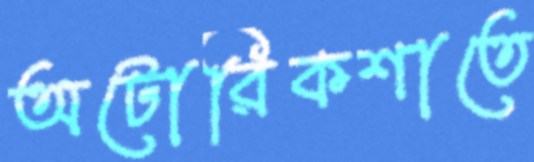
অটোরিকশাতে